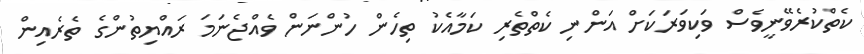
ކެތްކުރެވޭނީވެސް ވަކިވަރަކަށް އަންނި ކެތްތެރި ކަމާއެކު ތިހެން ހުންނަން ވެއްޖެނަމަ ރައްޔިތުންގެ ތެރެއިން